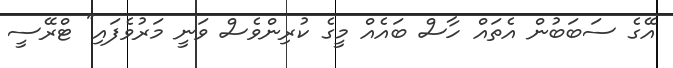
އޭގެ ސަބަބުން އެތައް ހާސް ބައެއް މީގެ ކުރިންވެސް ވަނީ މަރުވެފައި" ޓްރޭސީ